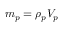
m _ { p } = \rho _ { p } V _ { p }